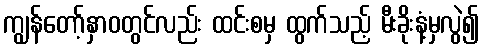
ကျွန်တော့်နှာဝတွင်လည်း ထင်းစမှ ထွက်သည့် မီးခိုးနံ့မှလွဲ၍